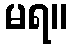
မရ။